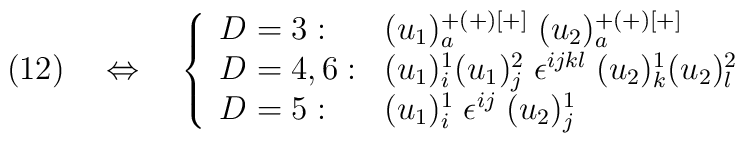
(12)\quad \Leftrightarrow \quad  \left\{  \begin{array}{ll}    D=3: & (u_1)^{+(+)[+]}_a\; (u_2)^{+(+)[+]}_a \\    D=4,6: &  (u_1)^1_i(u_1)^2_j\; \epsilon^{ijkl} \; (u_2)^1_k(u_2)^2_l \\    D=5: & (u_1)^1_i\; \epsilon^{ij} \; (u_2)^1_j  \end{array}\right.